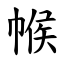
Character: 帿